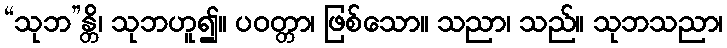
“သုဘ”န္တိ၊ သုဘဟူ၍။ ပဝတ္တာ၊ ဖြစ်သော။ သညာ၊ သည်။ သုဘသညာ၊